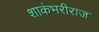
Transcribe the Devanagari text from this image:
शाकंभरीराज